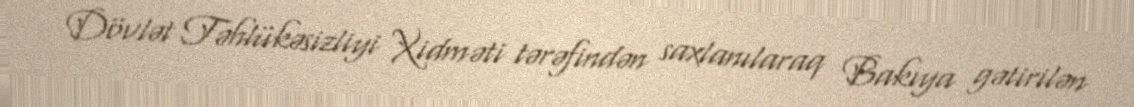
Dövlət Təhlükəsizliyi Xidməti tərəfindən saxlanılaraq Bakıya gətirilən